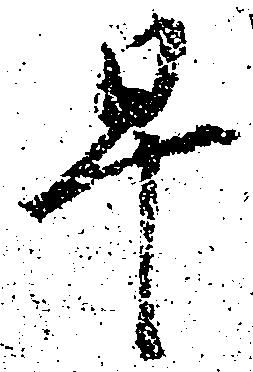
早